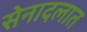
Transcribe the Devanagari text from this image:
सेनादलात